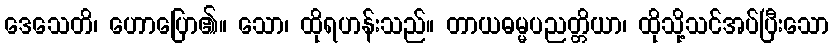
ဒေသေတိ၊ ဟောပြော၏။ သော၊ ထိုရဟန်းသည်။ တာယဓမ္မပညတ္တိယာ၊ ထိုသို့သင်အပ်ပြီးသော